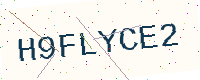
Text: H9FLYCE2